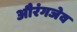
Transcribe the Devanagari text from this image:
औरंगजेव